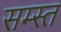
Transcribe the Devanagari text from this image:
सम्स्त